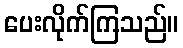
ပေးလိုက်ကြသည်။